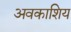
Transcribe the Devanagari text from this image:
अवकाशिय